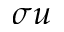
\sigma u